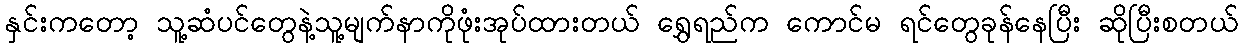
နှင်းကတော့ သူ့ဆံပင်တွေနဲ့သူ့မျက်နာကိုဖုံးအုပ်ထားတယ် ရွှေရည်က ကောင်မ ရင်တွေခုန်နေပြီး ဆိုပြီးစတယ်